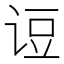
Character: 𰵫